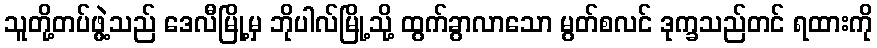
သူတို့တပ်ဖွဲ့သည် ဒေလီမြို့မှ ဘိုပါလ်မြို့သို့ ထွက်ခွာလာသော မွတ်စလင် ဒုက္ခသည်တင် ရထားကို